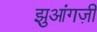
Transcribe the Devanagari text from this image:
झुआंगज़ी